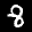
Label: 8